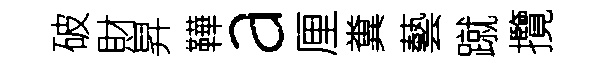
破財昇鞾a厘糞藝蹴攬